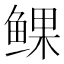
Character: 𫚝